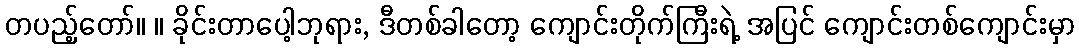
တပည့်တော်။ ။ ခိုင်းတာပေါ့ဘုရား, ဒီတစ်ခါတော့ ကျောင်းတိုက်ကြီးရဲ့ အပြင် ကျောင်းတစ်ကျောင်းမှာ